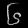
Digit: ၆